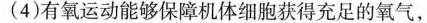
(4) 有氧运动能够保障机体细胞获得充足的氧气，